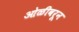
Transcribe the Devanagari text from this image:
ओळीवरून